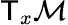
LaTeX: \mathsf{T}_{x}{\mathcal{{M}}}